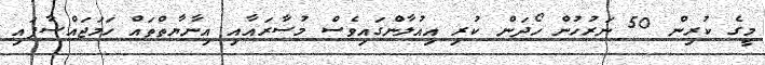
މީގެ ކުރިން 50 ނަރުހުން ހޯދަން ކުރި އިއުލާންގައިވެސް މުސާރައާއި އިނާޔާތްތައް ހަަމަޖައްސާފައި